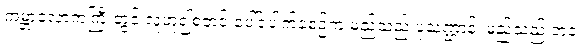
ကမ္ဘာလောကကြီးတွင် လူဟူ၍စတင် ပေါ်ပေါက်ခဲ့စဉ်က မည်သည့် ပုံသဏ္ဌာန်၊ မည်သည့် ဘဝ၊